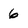
Character: 6